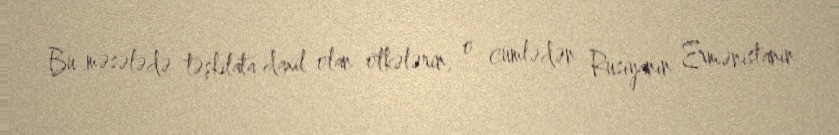
Bu məsələdə təşkilata daxil olan ölkələrin, o cümlədən Rusiyanın Ermənistanın